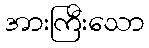
အားကြီးသော